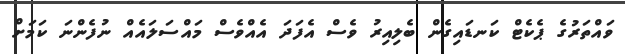
ވައްތަރުގެ ޕެކެޓް ކަނޑައިގެން ބެލިއިރު ވެސް އެފަދަ އެއްވެސް މައްސަލައެއް ނުފެންނަ ކަމަށް